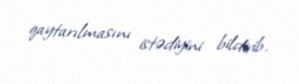
qaytarılmasını istədiyini bildirib.